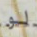
لو